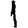
Digit: 1